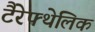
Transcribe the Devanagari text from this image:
टैरेफ्थेलिक